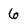
Character: 6